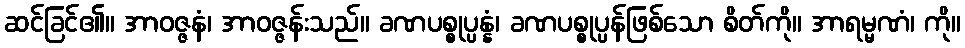
ဆင်ခြင်၏။ အာဝဇ္ဇနံ၊ အာဝဇ္ဇန်းသည်။ ခဏပစ္စုပ္ပန္နံ၊ ခဏပစ္စုပ္ပန်ဖြစ်သော စိတ်ကို။ အာရမ္မဏံ၊ ကို။